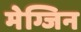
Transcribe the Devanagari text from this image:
मेग्जिन